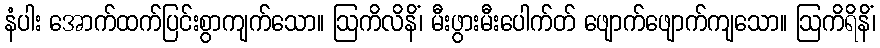
နံပါး အောက်ထက်ပြင်းစွာကျက်သော။ ဩကိလိနိံ၊ မီးဖွားမီးပေါက်တ် ဖျောက်ဖျောက်ကျသော။ ဩကိရိနိံ၊